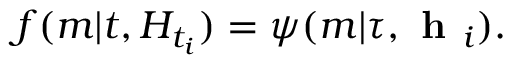
f ( m | t , H _ { t _ { i } } ) = \psi ( m | \tau , \textbf { h } _ { i } ) .